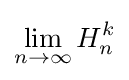
\lim _{n\rightarrow \infty }H_{n}^{k}